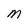
Character: M